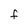
Character: F